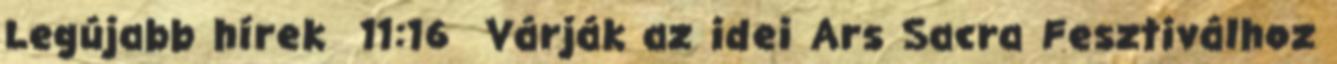
Legújabb hírek 11:16 Várják az idei Ars Sacra Fesztiválhoz